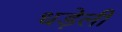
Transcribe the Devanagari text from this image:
धड़ेली